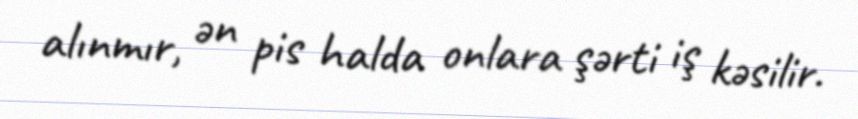
alınmır, ən pis halda onlara şərti iş kəsilir.